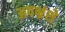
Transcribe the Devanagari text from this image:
अपभ्रंशे